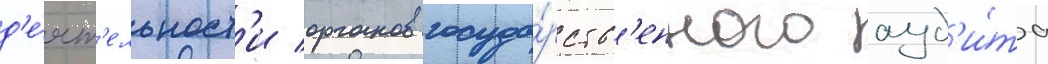
д'е́ят'ельност'и органов госуда́рств'енного ауд'и́та